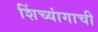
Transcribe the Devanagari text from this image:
शिंच्यांगाची